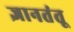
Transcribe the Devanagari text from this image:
ज्ञानतंतू